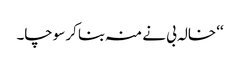
‘‘ خالہ بی نے منہ بنا کر سوچا۔